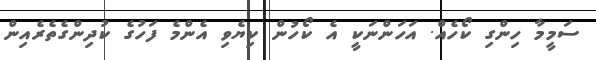
ސަމީމާ ހިންގި ކޯހެއް. އަހަންނަކީ އެ ކޯހުން ކިޔެވި އެންމެ ފަހުގެ ކުދިންގެތެރެއިން